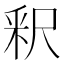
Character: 釈